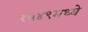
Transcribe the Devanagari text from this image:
१५४९मध्ये